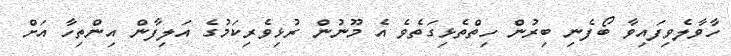
ހާވާލެވިފައިވާ ބޯފެނި ބިރުން ހިތްތެޅިގަތެވެ އެ މޫނުން ރުޅިވެރިކަމުގެ އަލިފާން އިންތިހާ އަށް